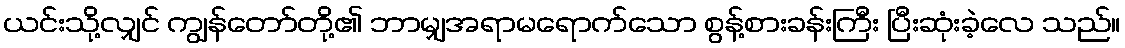
ယင်းသို့လျှင် ကျွန်တော်တို့၏ ဘာမျှအရာမရောက်သော စွန့်စားခန်းကြီး ပြီးဆုံးခဲ့လေ သည်။